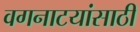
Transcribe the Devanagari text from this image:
वगनाटयांसाठी